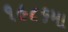
૧૯૮૬મા